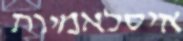
איסלאמיות